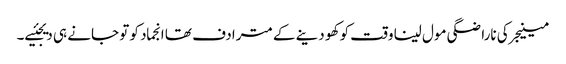
مینیجر کی ناراضگی مول لینا وقت کو کھو دینے کے مترادف تھا انجماد کو تو جانے ہی دیجئیے۔